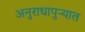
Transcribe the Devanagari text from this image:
अनुराधापुऱ्यात